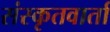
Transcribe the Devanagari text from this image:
संस्कृतवार्ता